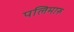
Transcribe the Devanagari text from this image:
पलिमारु